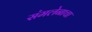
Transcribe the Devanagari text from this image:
संमलेनाचा